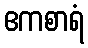
ဧကစာရံ